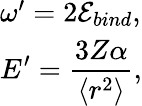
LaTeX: \begin{array}{l}{\omega^{\prime}=2\mathcal{E}_{bind},}\\ {\displaystyle E^{\prime}=\frac{3Z\alpha}{\langle r^{2}\rangle},}\end{array}